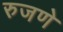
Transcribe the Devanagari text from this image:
रुजणे